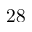
2 8